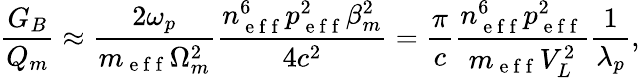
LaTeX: \frac{G_{B}}{Q_{m}}\approx\frac{2\omega_{p}}{m_{\mathrm{~e~f~f~}}\Omega_{m}^{2}}\frac{n_{\mathrm{~e~f~f~}}^{6}p_{\mathrm{~e~f~f~}}^{2}\beta_{m}^{2}}{4c^{2}}=\frac{\pi}{c}\frac{n_{\mathrm{~e~f~f~}}^{6}p_{\mathrm{~e~f~f~}}^{2}}{m_{\mathrm{~e~f~f~}}V_{L}^{2}}\frac{1}{\lambda_{p}},